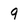
Character: 9